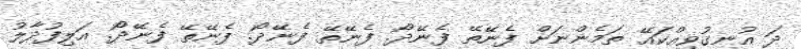
ދަ އުނގުވިއްކައޭ ތަމެންނަށް ފެނޭތޭ ފެނޭދޯ. ފެނޭތޭ ފެނޭދޯ. ފެނޭތޭ ފެނޭދޯ. އަލިފުދާލު